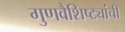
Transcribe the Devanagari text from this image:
गुणवैशिष्ट्यांची